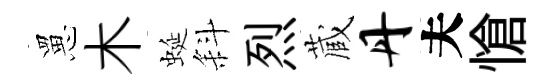
罳木蜒斜烈蔵丹夫愴